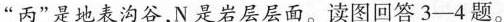
”丙”是地表沟谷，N是岩层层面。读图回答3-4题。